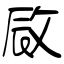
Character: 敐